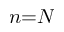
n { = } N